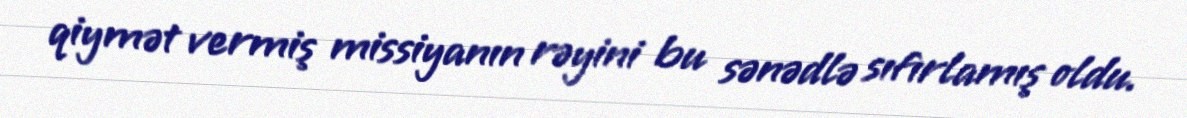
qiymət vermiş missiyanın rəyini bu sənədlə sıfırlamış oldu.